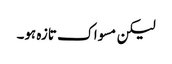
لیکن مسواک تازہ ہو۔